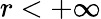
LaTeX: r<+\infty